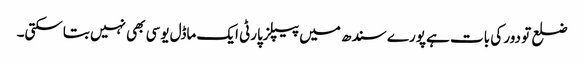
ضلع تو دور کی بات ہے پورے سندھ میں پیپلزپارٹی ایک ماڈل یوسی بھی نہیں بتاسکتی۔